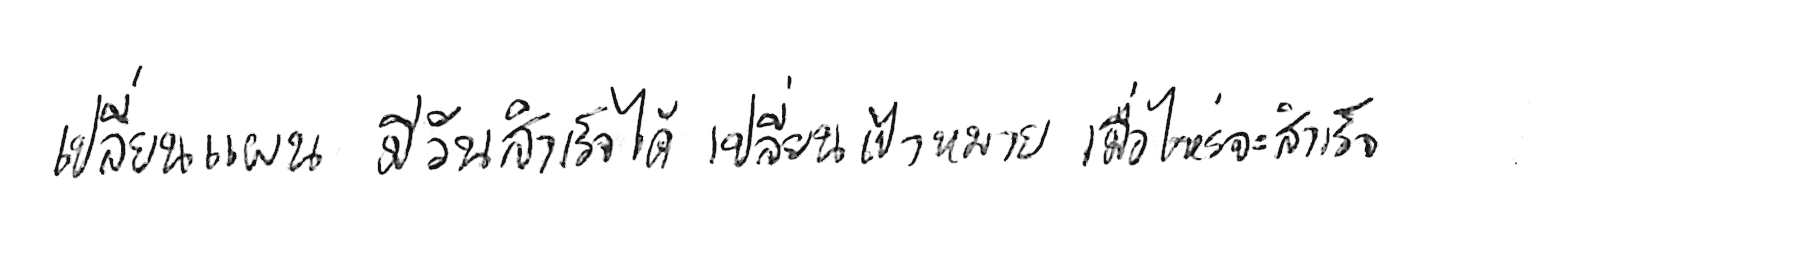
เปลี่ยนแผน มีวันสำเร็จได้ เปลี่ยนเป้าหมาย เมื่อไหร่จะสำเร็จ